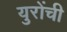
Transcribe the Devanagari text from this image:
युरोंची